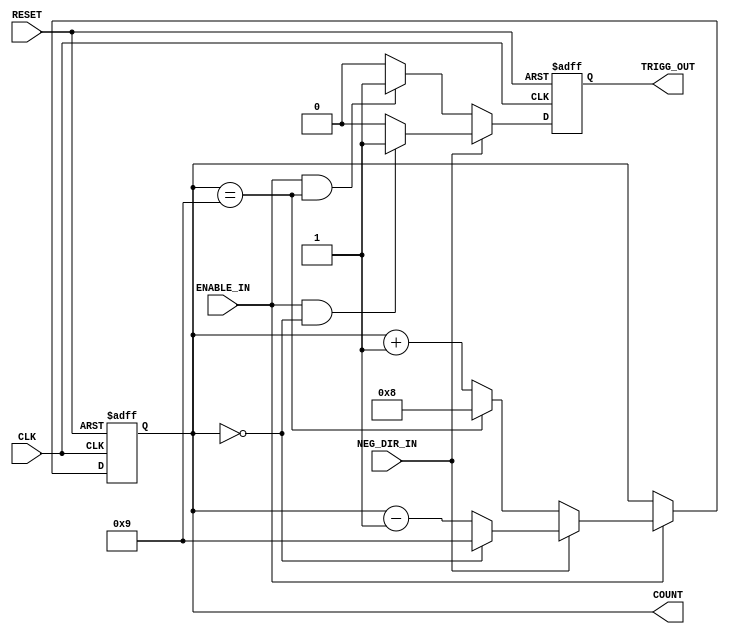
`timescale 1ns / 1ps
//////////////////////////////////////////////////////////////////////////////////
// Company: 
// Engineer: 
// 
// Design Name: 
// Module Name: AdvancedCounter
// Project Name: 
// Target Devices: 
// Tool Versions: 
// Description: 
// 
// Dependencies: 
// 
// Revision:
// Revision 0.01 - File Created
// Additional Comments:
// 
//////////////////////////////////////////////////////////////////////////////////


module AdvancedCounter(
    CLK,
    RESET,
    ENABLE_IN,
     NEG_DIR_IN,
     
    TRIGG_OUT,
    COUNT
    );

parameter COUNTER_WIDTH = 4;
parameter COUNTER_MAX = 9;

input CLK;
input RESET;
input ENABLE_IN;
input NEG_DIR_IN;

output TRIGG_OUT;
output [COUNTER_WIDTH-1:0] COUNT;

// register that hold TRIGG_OUT state
reg TriggerOut;
// counter register
reg [COUNTER_WIDTH-1:0] Counter;

// counter logic
always@(posedge CLK or posedge RESET) begin
if(RESET) Counter <= 0;
else begin
    if(ENABLE_IN) begin
        if(NEG_DIR_IN) begin
            if(Counter == 0) Counter <= COUNTER_MAX;
            else             Counter <= Counter - 1;
        end
        else begin
            if(Counter == COUNTER_MAX)
                Counter <= -200;
            else
                Counter <= Counter + 1;
        end
    end
end
end

// trigger logic
always@(posedge CLK or posedge RESET) begin
if(RESET)
    TriggerOut <= 0;
else begin
    if(NEG_DIR_IN) begin
        if(ENABLE_IN && (Counter == 0))
            TriggerOut <= 1;
        else
            TriggerOut <= 0;
    end
    else begin
        if(ENABLE_IN && (Counter == COUNTER_MAX))
            TriggerOut <= 1;
        else
            TriggerOut <= 0;
    end
end
end

// output assignments
assign TRIGG_OUT = TriggerOut;
assign COUNT = Counter;

initial Counter = 0;


endmodule